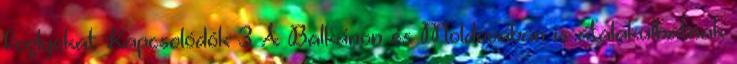
foglyokat Kapcsolódók 3 A Balkánon és Moldovában is átalakulhatnak